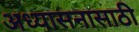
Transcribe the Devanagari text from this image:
अध्यासनासाठी